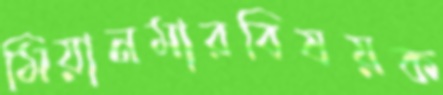
মিয়ানমারবিষয়ক